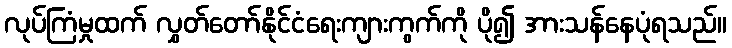
လုပ်ကြံမှုထက် လွှတ်တော်နိုင်ငံရေးကျားကွက်ကို ပို၍ အားသန်နေပုံရသည်။